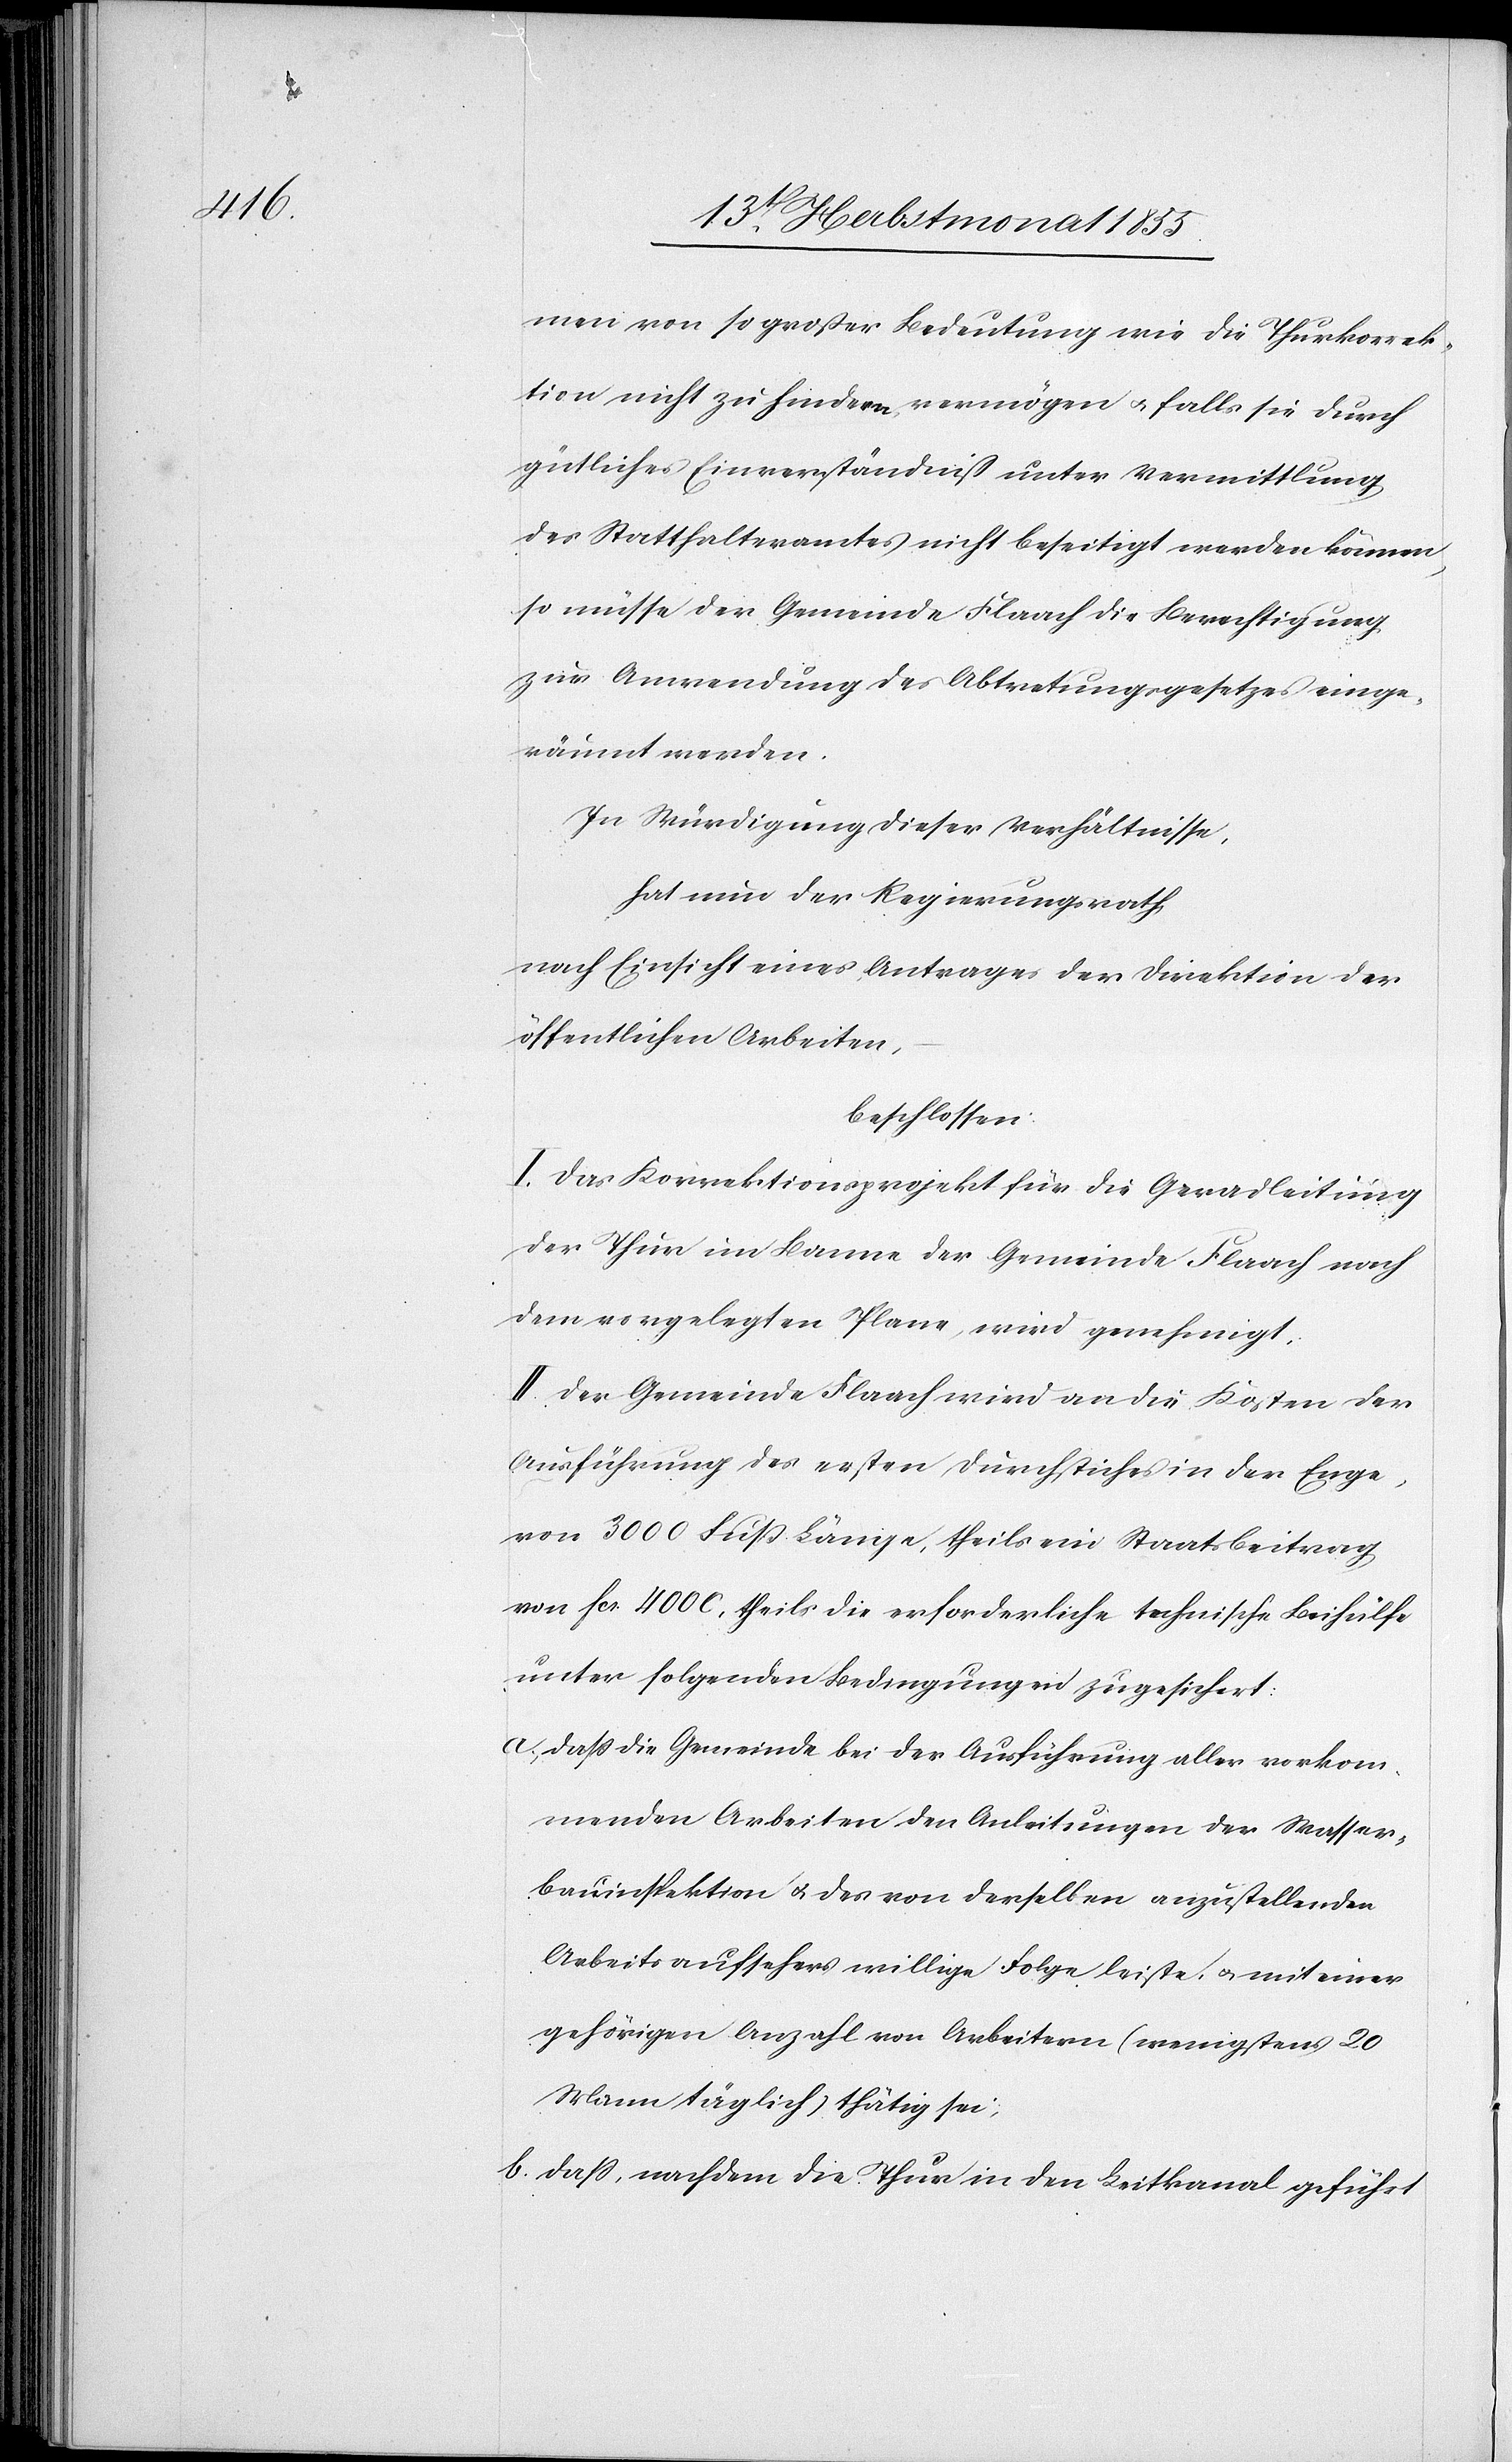
men von so großer Bedeutung wie die Thurkorrek¬
tion nicht zu hindern vermögen & falls sie durch
gütliches Einverständniß unter Vermittlung
des Statthalteramtes nicht beseitigt werden können,
so müsse der Gemeinde Flaach die Berechtigung
zur Anwendung des Abtretungsgesetzes einge¬
räumt werden.
In Würdigung dieser Verhältnisse,
hat nun der Regierungsrath,
nach Einsicht eines Antrages der Direktion der
öffentlichen Arbeiten,
beschlossen:
I. Das Korrektionsprojekt für die Geradleitung
der Thur im Banne der Gemeinde Flaach nach
dem vorgelegten Plane, wird genehmigt.
II. Der Gemeinde Flaach wird an die Kosten der
Ausführung des ersten Durchstiches in der Enge,
von 3000 Fuß Länge, theils ein Staatsbeitrag
von Fcs. 4000, theils die erforderliche technische Beihülfe
unter folgenden Bedingungen zugesichert:
dass die Gemeinde bei der Ausführung aller vorkom¬
menden Arbeiten den Anleitungen der Wasser¬
bauinspektion & des von derselben anzustellenden
Arbeitsaufsehers willige Folge leiste, & mit einer
gehörigen Anzahl von Arbeitern (wenigstens 20
Mann täglich) thätig sei;
dass, nachdem die Thur in den Leitkanal geführt